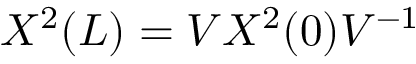
X ^ { 2 } ( L ) = V X ^ { 2 } ( 0 ) V ^ { - 1 }